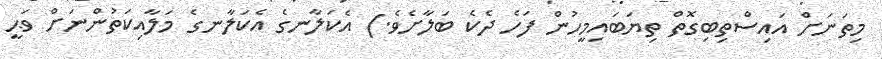
މިތަނަށް އައިސްތިބިގޮތް ތިޔަބައިމީހުން ފަހެ ދެކެ ބަލާށެވެ.) އެކަލާނގެ އެކަލާނގެ މަލާއިކަތުންނަށް ވަޙީ